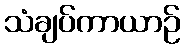
သံချပ်ကာယာဉ်